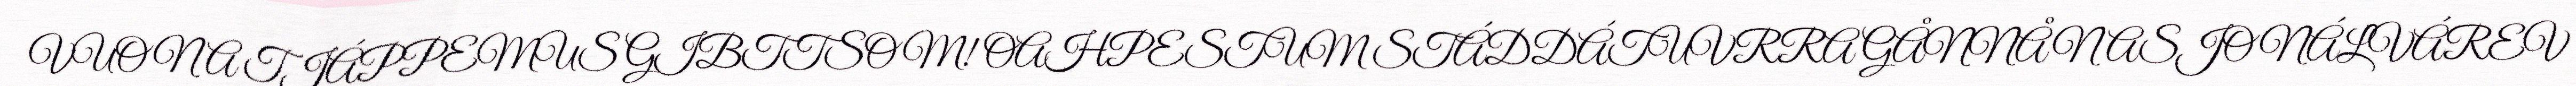
VUONA TJÁPPEMUS GIBTTSOM! OAHPESTUM STÁDDÁTUVRRA GÅNNÅ NASJONÁLVÁREV